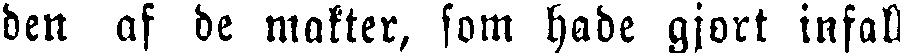
den af de makter, som hade gjort infall